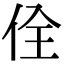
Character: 佺